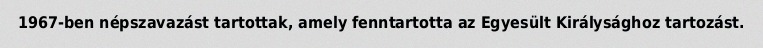
1967-ben népszavazást tartottak, amely fenntartotta az Egyesült Királysághoz tartozást.